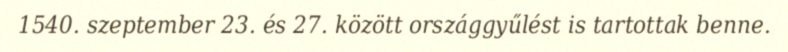
1540. szeptember 23. és 27. között országgyűlést is tartottak benne.